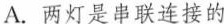
A.两灯是串联连接的